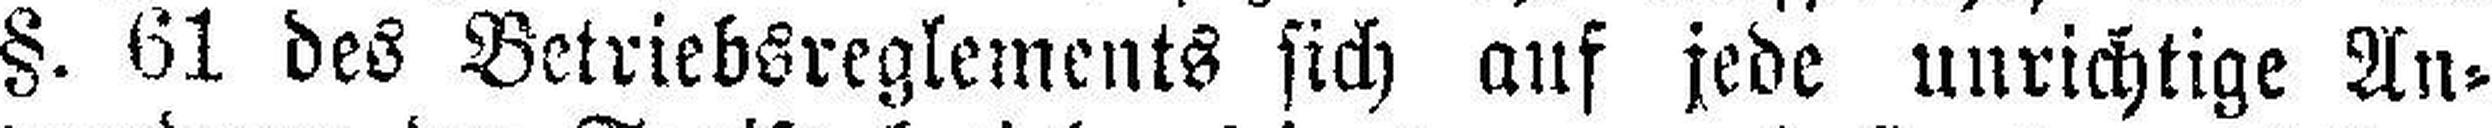
§. 61 des Betriebsreglements sich auf jede unrichtige An¬